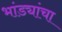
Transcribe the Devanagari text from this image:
भांड्यांचा